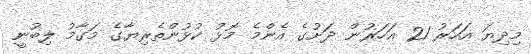
މިދިޔަ އަހަރު 21 އަހަރުން ދަށުގެ އެންމެ މޮޅު ކުޅުންތެރިޔާގެ މަގާމު ލިބުނީ